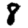
Digit: 8